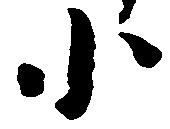
小